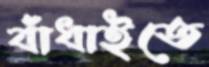
বাঁধাইতে